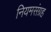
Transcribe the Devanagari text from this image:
नियमसंग्रह